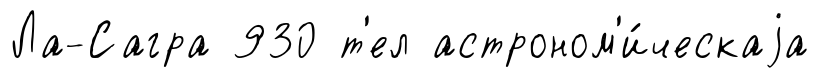
Ла-Сагра 930 т'ел астроном'и́ческаjа